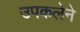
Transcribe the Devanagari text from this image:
उपकलेने